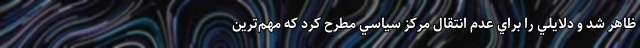
ظاهر شد و دلايلي را براي عدم انتقال مركز سياسي مطرح كرد كه مهم‌ترين